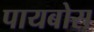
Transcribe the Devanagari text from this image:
पायबोस